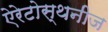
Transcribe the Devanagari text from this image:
ऐरेटोस्थनीज